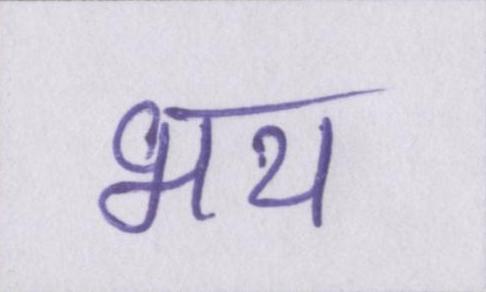
भय